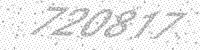
Solution: 720817